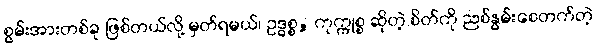
စွမ်းအားတစ်ခု ဖြစ်တယ်လို့ မှတ်ရမယ်၊ ဥဒ္ဓစ္စ, ကုက္ကုစ္စ ဆိုတဲ့ စိတ်ကို ညစ်နွမ်းစေတက်တဲ့